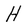
Character: H